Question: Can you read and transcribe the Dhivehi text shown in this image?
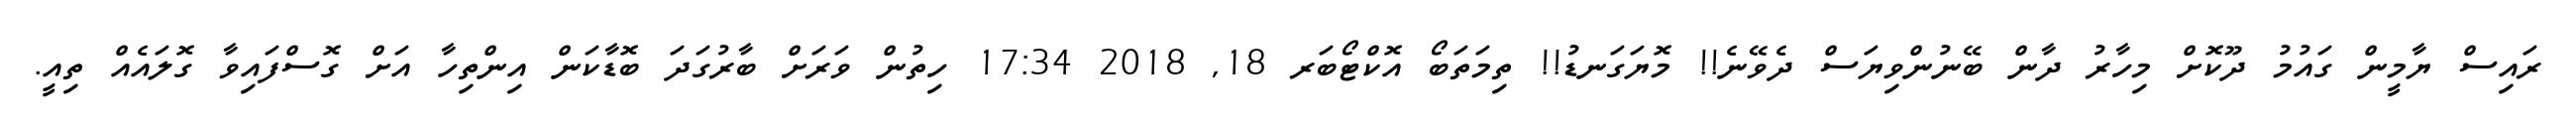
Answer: ރައިސް ޔާމީން ގައުމު ދޫކޮށް މިހާރު ދާން ބޭނުންވިޔަސް ދެވޭނެ!! މޮޔަގަނޑު!! ތިމަތަބޯ އޮކްޓޯބަރ 18, 2018 17:34 ހިތުން ވަރަށް ބާރުގަދަ ބޮޑާކަން އިންތިހާ އަށް ގޮސްފައިވާ ގޮލައެއް ތިއީ.